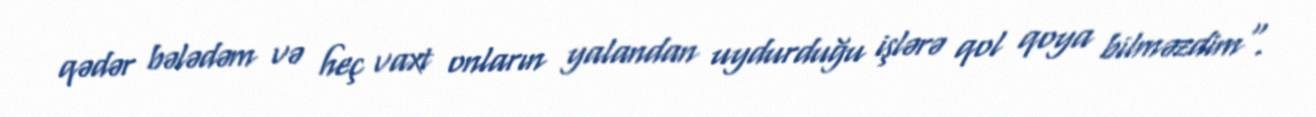
qədər bələdəm və heç vaxt onların yalandan uydurduğu işlərə qol qoya bilməzdim".